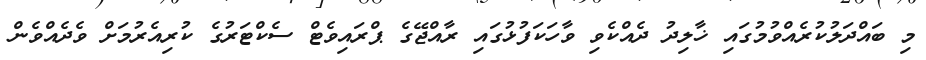
މި ބައްދަލުކުރެއްވުމުގައި ޚާލިދު ދެއްކެވި ވާހަކަފުޅުގައި ރާއްޖޭގެ ޕްރައިވެޓް ސެކްޓަރުގެ ކުރިއެރުމަށް ވެދެއްވެން